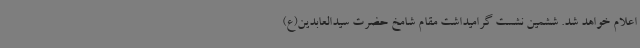
اعلام خواهد شد. ششمین نشست گرامیداشت مقام شامخ حضرت سیدالعابدین(ع)